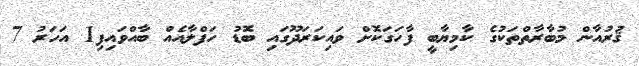
ޤުރުއާން މުބާރާތްތަކުގެ ކާމިޔާބީ ފާހަގަކޮށް ވައިކަރަދޫގައި ބޮޑު ހަފްލާއެއް ބާއްވައިފި1 އަހަރު 7